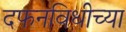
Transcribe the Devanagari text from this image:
दफनविधीच्या